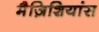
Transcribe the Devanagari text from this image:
मैज़िशियांस